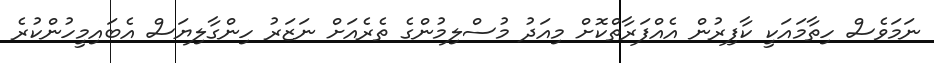
ނަމަވެސް ހިތާމައަކީ ކާފިރުން އެއްފަރާތްކޮށް މިއަދު މުސްލިމުންގެ ތެރެއަށް ނަޒަރު ހިންގާލިޔަސް އެބައިމީހުންކުރެ